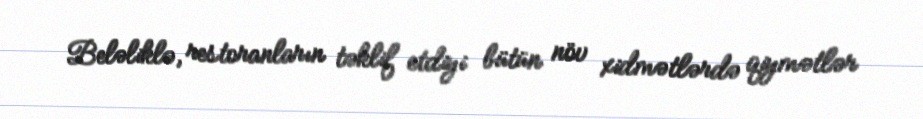
Beləliklə, restoranların təklif etdiyi bütün növ xidmətlərdə qiymətlər